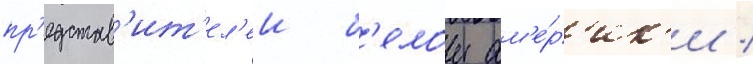
пр'едстав'ит'ел'еи б'елои ам'е́р'ик'и /